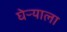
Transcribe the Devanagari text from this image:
घेऱ्याला